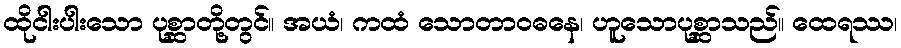
ထိုငါးပါးသော ပုစ္ဆာတို့တွင်။ အယံ၊ ကထံ သောတာဝဓနေ၊ ဟူသောပုစ္ဆာသည်။ ထေရဿ၊